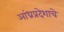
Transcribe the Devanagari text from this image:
आंध्रप्रदेशाचे